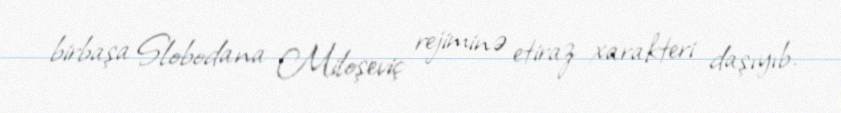
birbaşa Slobodana Miloşeviç rejiminə etiraz xarakteri daşıyıb.